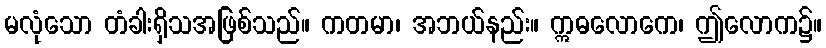
မလုံသော တံခါးရှိသအဖြစ်သည်။ ကတမာ၊ အဘယ်နည်း။ ဣဓလောကေ၊ ဤလောက၌။